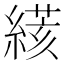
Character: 𦃮